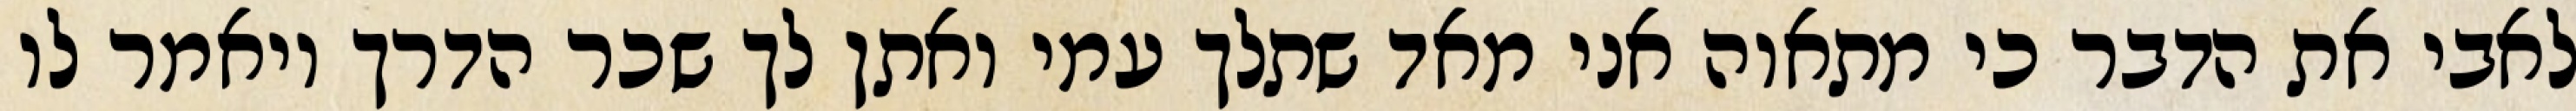
לאבי את הדבר כי מתאוה אני מאד שתלך עמי ואתן לך שכר הדרך ויאמר לו